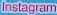
Instagram